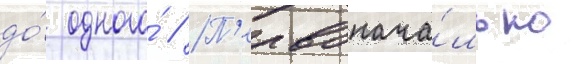
до́ одного́ // П'ервонача́льно